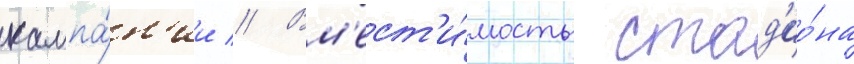
кампа́н'ии // Вм'ест'и́мость стад'ио́на